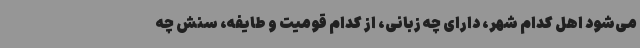
می‌شود اهل کدام شهر، دارای چه زبانی، از کدام قومیت و طایفه، سنش چه